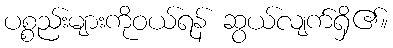
ပစ္စည်းများကိုဝယ်ရန် ဆွယ်လျက်ရှိ၏။